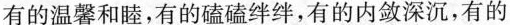
有的温馨和睦，有的磕磕绊绊，有的